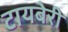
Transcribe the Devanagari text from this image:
टायबेरी